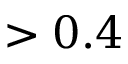
> 0 . 4